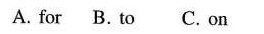
A. for B. To C. On